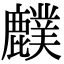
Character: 𪋡